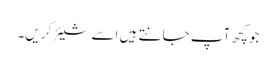
جو کچھ آپ جانتے ہیں اسے شیئر کریں۔